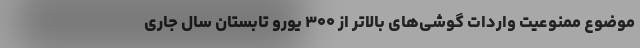
موضوع ممنوعیت واردات گوشی‌های بالاتر از ۳۰۰ یورو تابستان سال جاری